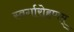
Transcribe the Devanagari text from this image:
स्वर्गारोहणम्